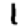
Digit: 1